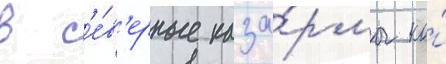
в с'е́в'ерные каза́рмы ко́